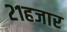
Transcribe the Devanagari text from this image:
२१हजार